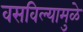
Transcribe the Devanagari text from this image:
वसविल्यामुळे